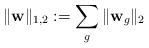
LaTeX: \begin{align*} \|{\bf w} \|_{1,2} := \sum\limits_{g} \|{\bf w}_g\|_2 \end{align*}